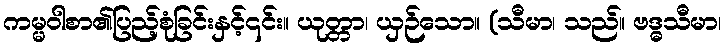
ကမ္မဝါစာ၏ပြည့်စုံခြင်းနှင့်၎င်း။ ယုတ္တာ၊ ယှဉ်သော။ (သီမာ၊ သည်။ ဗဒ္ဓသီမာ၊